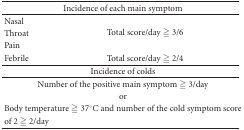
| <COLSPAN=2> Incidence of each main symptom |
 | --- | --- |
 | Nasal | <ROWSPAN=3> Total score/day ≧ 3/6 |
 | Throat |
 | Pain |
 | Febrile | Total score/day ≧ 2/4 |
 | <COLSPAN=2> Incidence of colds |
 | <COLSPAN=2> Number of the positive main symptom ≧ 3/day |
 | <COLSPAN=2> or |
 | <COLSPAN=2> Body temperature ≧37°C and number of the cold symptom score |
 | of 2 ≧ 2/day |  |